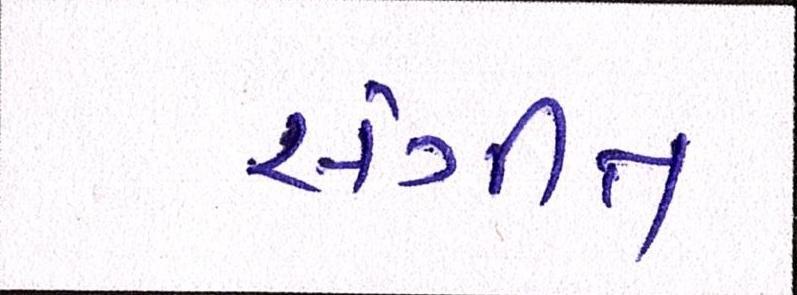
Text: સંગીત